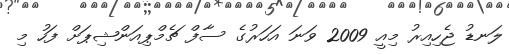
ލަނޑު ޖެހިއިރު މިއީ 2009 ވަނަ އަހަރުގެ ސާފް ޗެމްޕިއަންޝިޕަށް ފަހު މި